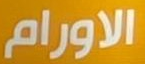
الاورام